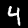
Label: 4